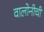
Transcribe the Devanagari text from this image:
वालोनीची